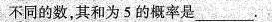
不同的数，其和为5的概率是___。